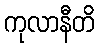
ကုလာနီတိ